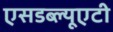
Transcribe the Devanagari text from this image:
एसडब्ल्यूएटी